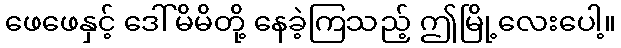
ဖေဖေနှင့် ဒေါ်မိမိတို့ နေခဲ့ကြသည့် ဤမြို့လေးပေါ့။